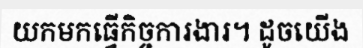
យកមកធ្វើកិច្ចការងារ។ ដូចយើង